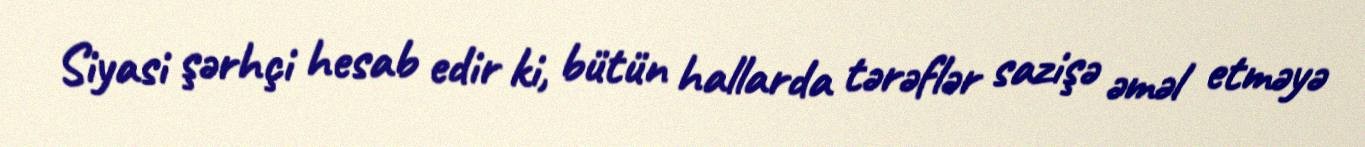
Siyasi şərhçi hesab edir ki, bütün hallarda tərəflər sazişə əməl etməyə